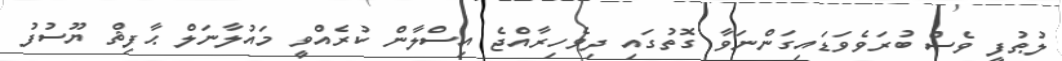
ލުޠުފީ ވެސް ބުރަވެވަޑައިގަންނަވާ ގޮތުގައި ދިވެހިރާއްޖެ އިސްލާން ކުރެއްވީ މައުލާނަލް ޙާފިޡް ޔޫސުފު